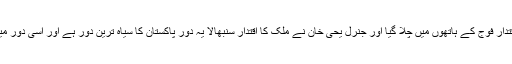
اس بار بھی پاکستانی اقتدار فوج کے ہاتھوں میں چلا گیا اور جنرل یحیٰ خان نے ملک کا اقتدار سنبھالا یہ دور پاکستان کا سیاہ ترین دور ہے اور اسی دور میں پاکستان دو لخت ہوا ۔